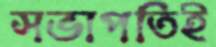
সভাপতিই